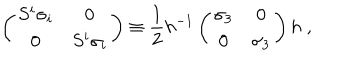
\left( \begin{array} { c c } { { S ^ { i } \sigma _ { i } } } & { { 0 } } \\ { { 0 } } & { { S ^ { i } \sigma _ { i } } } \\ \end{array} \right) \equiv \frac { 1 } { 2 } h ^ { - 1 } \left( \begin{array} { c c } { { \sigma _ { 3 } } } & { { 0 } } \\ { { 0 } } & { { \sigma _ { 3 } } } \\ \end{array} \right) h \; ,